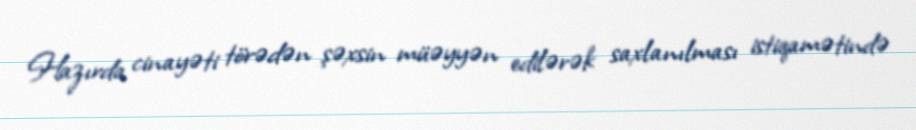
Hazırda cinayəti törədən şəxsin müəyyən edilərək saxlanılması istiqamətində